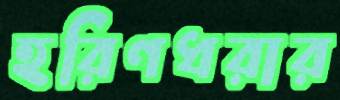
হরিণধরার